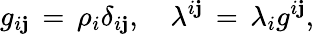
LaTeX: g_{i\mathbf{j}}\, =\, \rho_{i}\delta_{i\mathbf{j}},\quad\lambda^{i\mathbf{j}}\, =\, \lambda_{i}g^{i\mathbf{j}},